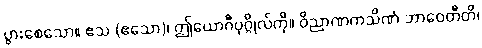
ပွားစေသော။ ဧသ (ဧသော)၊ ဤယောဂီပုဂ္ဂိုလ်ကို။ ဝိညာဏကသိဏံ ဘာဝေတီတိ၊